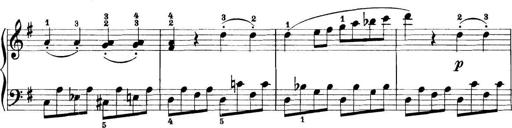
Title: 11 Sonatinas
Composer: Anton Diabelli